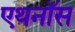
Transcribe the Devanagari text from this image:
एथनॉस